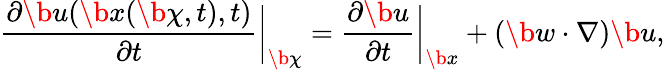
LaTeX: \frac{\partial\b u(\b x(\b\chi,t),t)}{\partial t}\bigg|_{\b\chi}=\frac{\partial\b u}{\partial t}\bigg|_{\b x}+(\b w\cdot\nabla)\b u,